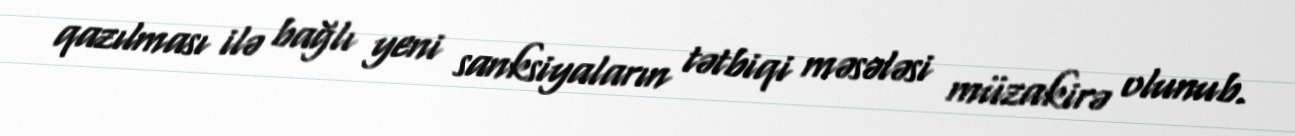
qazılması ilə bağlı yeni sanksiyaların tətbiqi məsələsi müzakirə olunub.